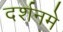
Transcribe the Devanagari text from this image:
दर्शनमे